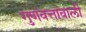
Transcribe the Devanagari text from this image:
गुणवत्तावाली